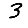
Digit: 3